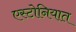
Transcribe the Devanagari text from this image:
एस्टोनियात